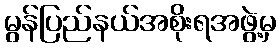
မွန်ပြည်နယ်အစိုးရအဖွဲ့မှ